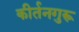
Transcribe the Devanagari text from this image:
कीर्तनगुरू